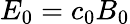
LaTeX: E_{0}=c_{0}B_{0}